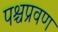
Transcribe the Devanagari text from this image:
पश्चप्रवण